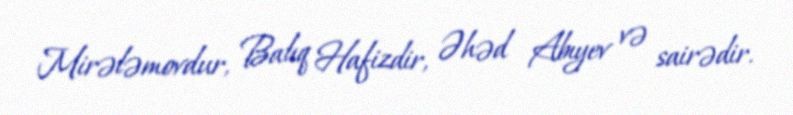
Mirələmovdur, Balıq Hafizdir, Əhəd Abıyev və sairədir.